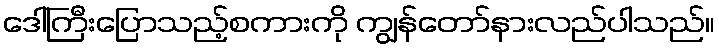
ဒေါ်ကြီးပြောသည့်စကားကို ကျွန်တော်နားလည်ပါသည်။